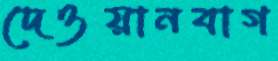
দেওয়ানবাগ